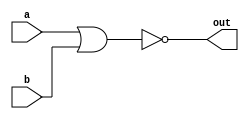
`timescale 1ns / 1ps

module nor_gate( 
    input a, 
    input b, 
    output out );
    
    assign out = ~(a|b);

endmodule

module nor_gate_tb;
  // Inputs
  reg a, b;

  // Output
  wire y;

  // Instantiate the NOR gate
  nor_gate nor_gate_instance (
    .a(a),
    .b(b),
    .out(y)
  );

initial begin
  $dumpfile("nor-gate.vcd");
  $dumpvars(0, nor_gate_tb);
end

  // Test case
  initial begin
    // Set input values
    a = 0;
    b = 0;
    $display("Input: a = %b, b = %b", a, b);
    #5;

    // Check output
    $display("Output: y = %b", y);

    // Set input values
    a = 0;
    b = 1;
    $display("Input: a = %b, b = %b", a, b);
    #5;

    // Check output
    $display("Output: y = %b", y);

    // Set input values
    a = 1;
    b = 0;
    $display("Input: a = %b, b = %b", a, b);
    #5;

    // Check output
    $display("Output: y = %b", y);

    // Set input values
    a = 1;
    b = 1;
    $display("Input: a = %b, b = %b", a, b);
    #5;

    // Check output
    $display("Output: y = %b", y);
  end
endmodule